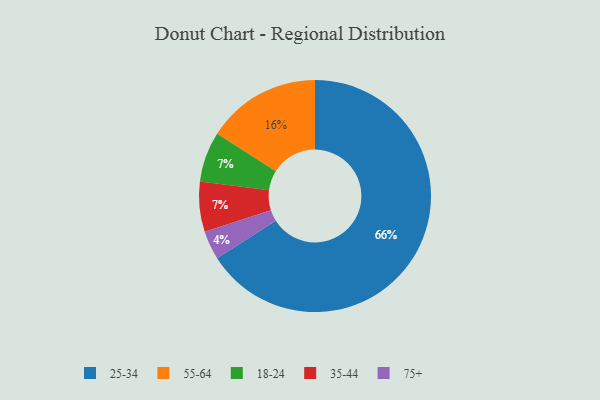
{"axis": {"x": "Category", "y": "Percentage"}, "legend": ["18-24", "25-34", "35-44", "55-64", "75+"], "data": [{"x": "25-34", "y": 66, "type": "25-34"}, {"x": "75+", "y": 4, "type": "75+"}, {"x": "18-24", "y": 7, "type": "18-24"}, {"x": "35-44", "y": 7, "type": "35-44"}, {"x": "55-64", "y": 16, "type": "55-64"}]}